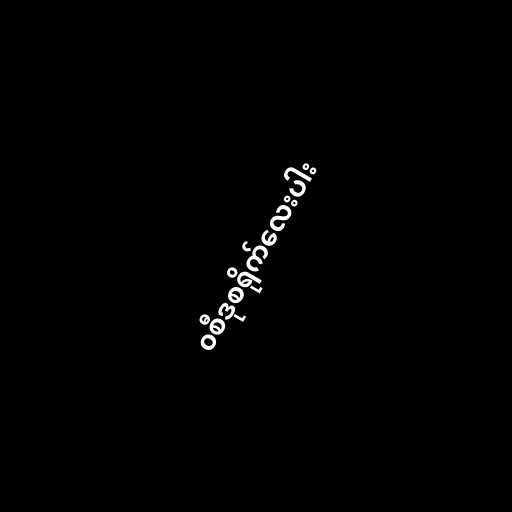
၀စီဒုစရိုက်လေးပါး